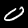
Digit: 0